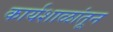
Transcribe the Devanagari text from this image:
कार्यशाळांतून